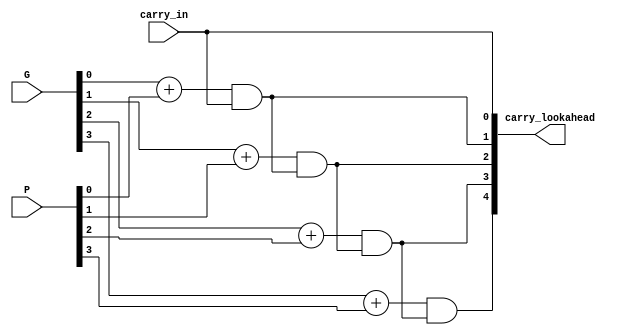
module carry_lookahead_adder_unit (
    input[3:0] G,
    input[3:0] P,
    input carry_in,
    output[4:0] carry_lookahead
);
assign carry_lookahead[0]=carry_in;
genvar i;
generate
    for(i=1;i<=4;i=i+1)begin : gen_lookahead
        assign carry_lookahead[i]=G[i-1]+P[i-1]&carry_lookahead[i-1];
    end
endgenerate






endmodule